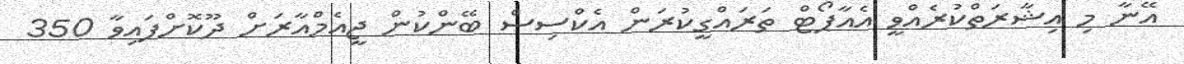
އޭނާ މި އިޝާރަތްކުރެއްވީ އެއާޕޯޓް ތަރައްގީކުރަން އެކްސިސް ބޭންކުން ޖީއެމްއާރަށް ދޫކޮށްފައިވާ 350